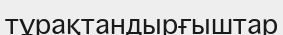
тұрақтандырғыштар